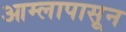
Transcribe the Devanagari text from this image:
आम्लापासून